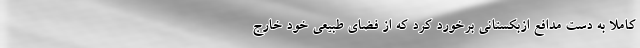
کاملاً ‌به دست مدافع ازبکستانی برخورد کرد که از فضای طبیعی خود خارج